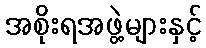
အစိုးရအဖွဲ့များနှင့်